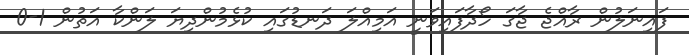
ފައިނަލުން ރާއްޖެ ޖާގަ ހޯދާފައިވަނީ އަމިއްލަ ދަނޑުގައި ކުޅެމުންދިޔަ ލަންކާ އަތުން 1-0